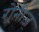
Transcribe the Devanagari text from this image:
रोनीज़